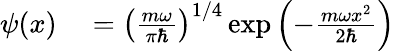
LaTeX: \begin{array}{rl}{\psi(x)}&{{}=\left({\frac{m\omega}{\pi\hbar}}\right)^{1/4}\exp{\left(-{\frac{m\omega x^{2}}{2\hbar}}\right)}}\end{array}